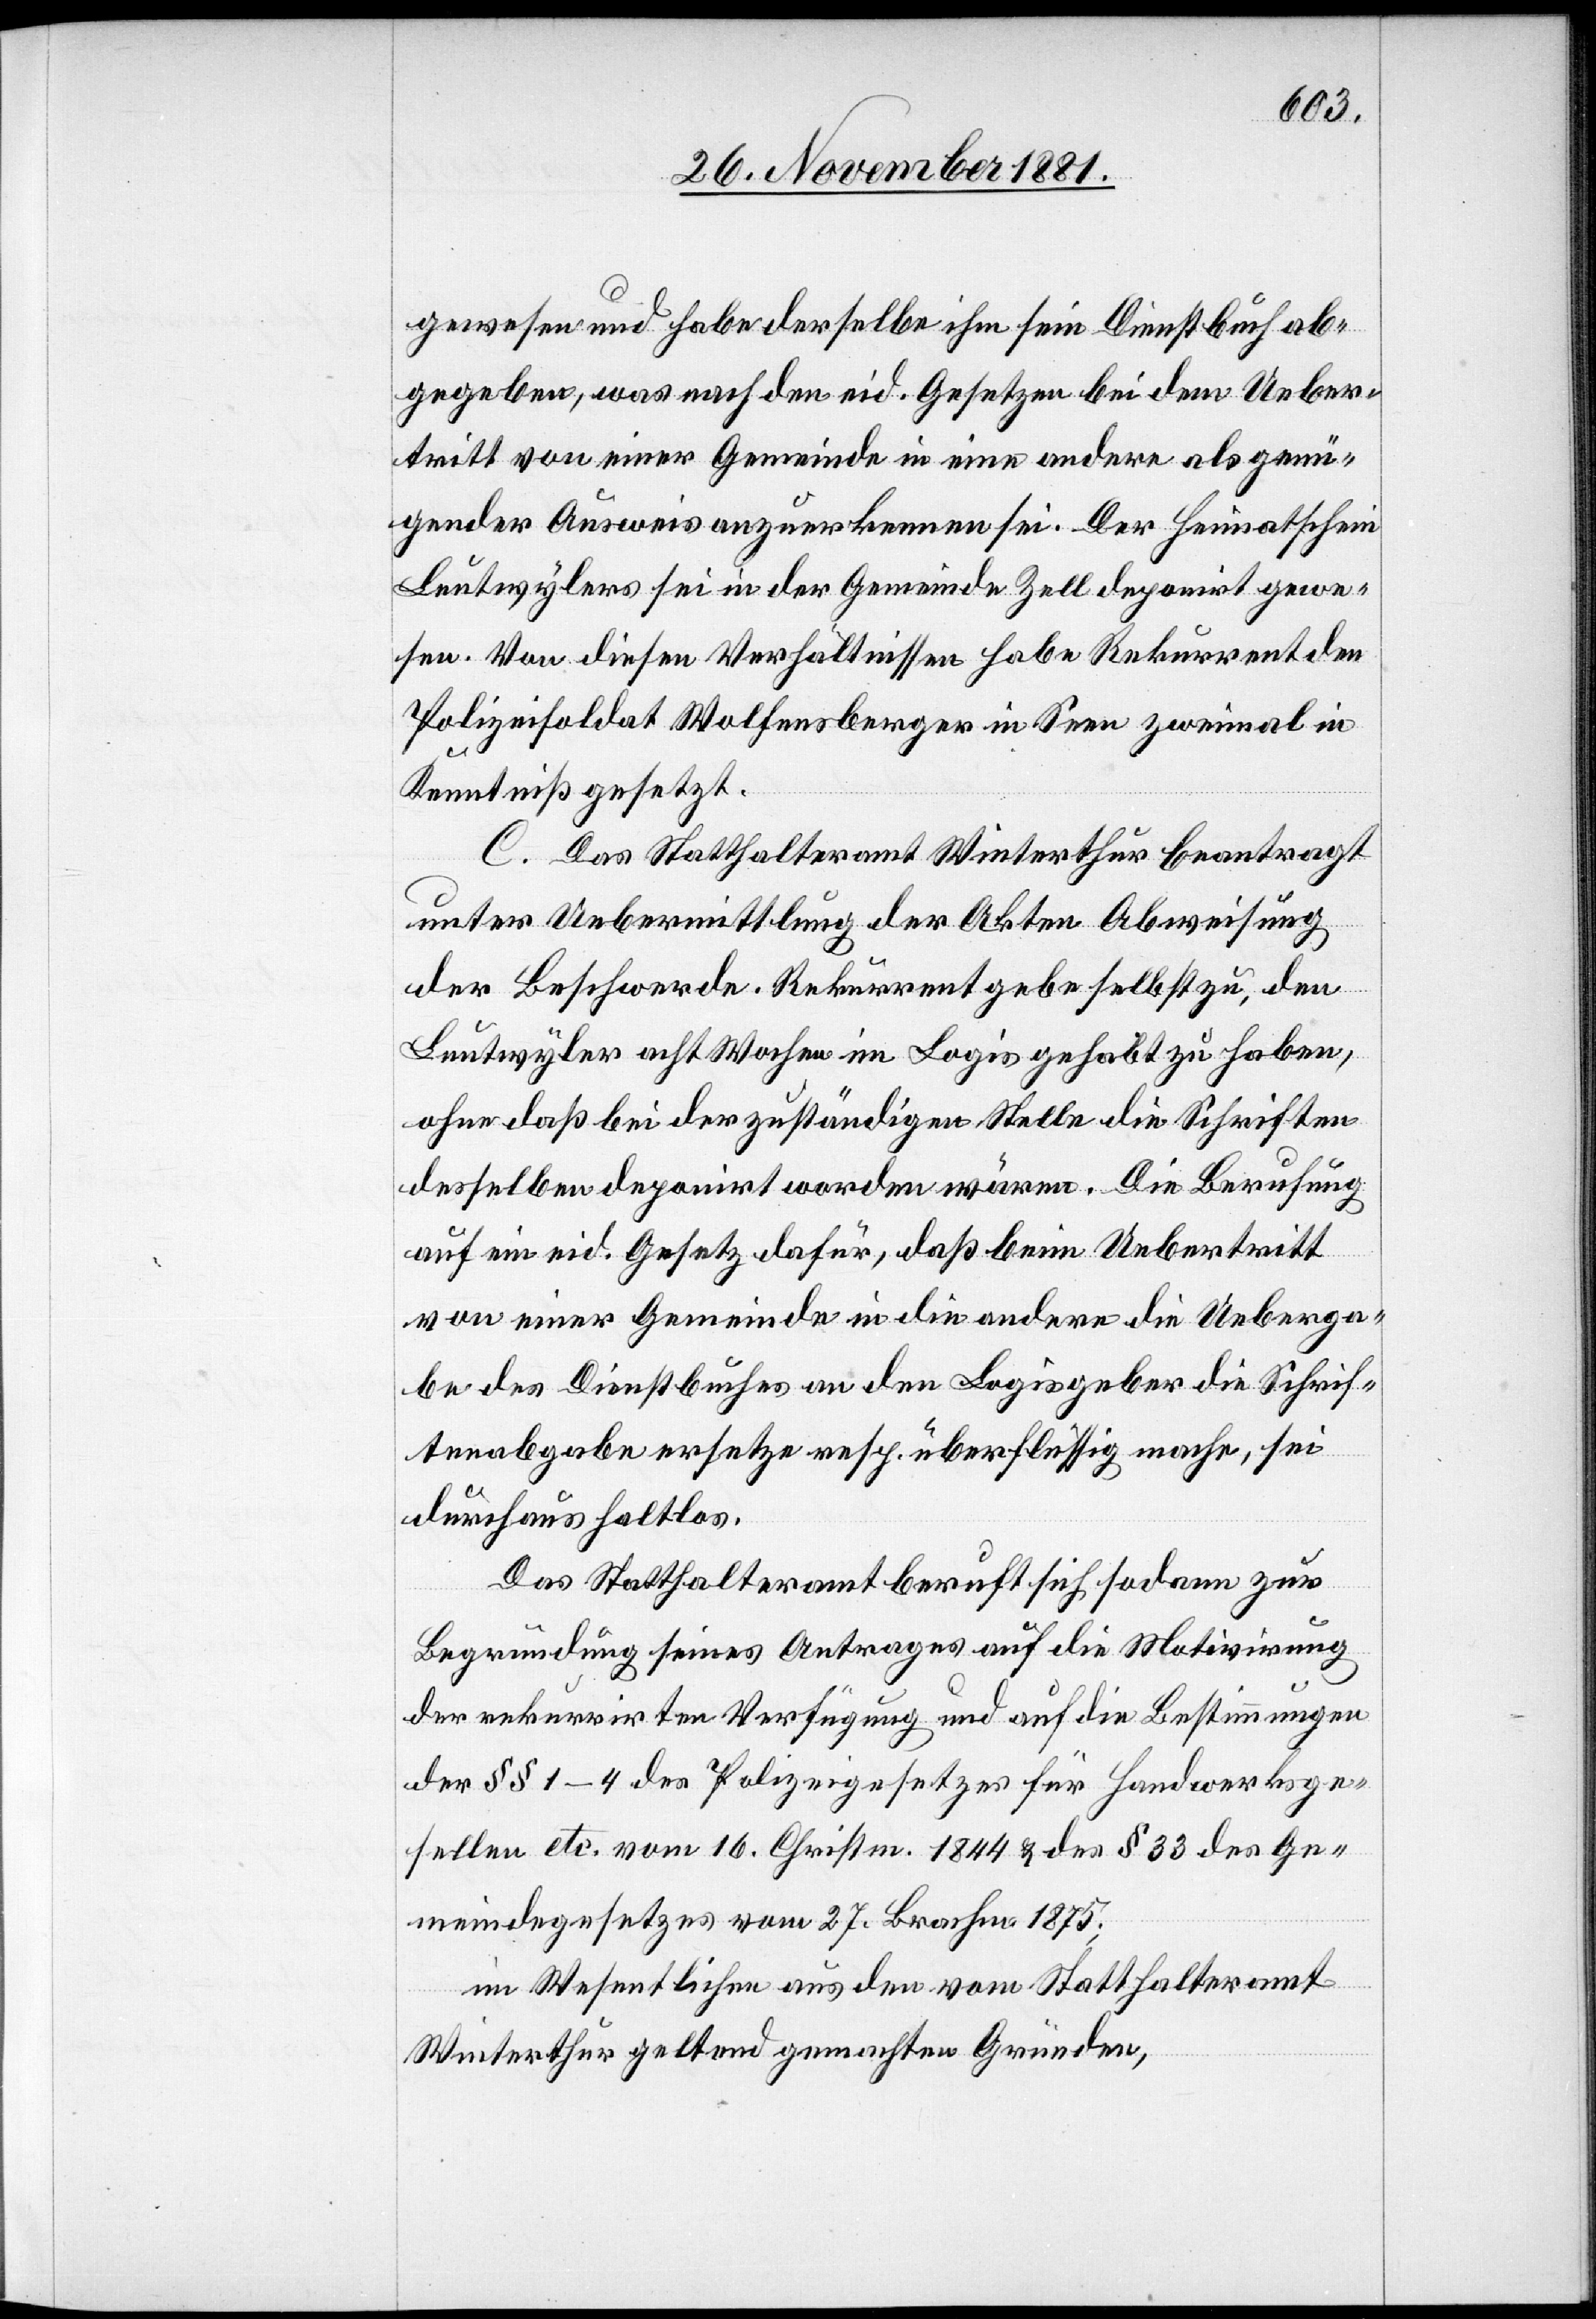
gewesen und habe derselbe ihm sein Dienstbuch ab¬
gegeben, was nach den eid. Gesetzen bei dem Ueber¬
tritt von einer Gemeinde in eine andere als genü¬
gender Ausweis anzuerkennen sei. Der Heimatschein
Leutwylers sei in der Gemeinde Zell deponirt gewe¬
sen. Von diesen Verhältnissen habe Rekurrent den
Polizeisoldat Wolfensberger in Seen zweimal in
Kenntniß gesetzt.
C. Das Statthalteramt Winterthur beantragt
unter Uebermittlung der Akten Abweisung
der Beschwerde. Rekurrent gebe selbst zu, den
Leutwyler acht Wochen im Logis gehabt zu haben,
ohne daß bei der zuständigen Stelle die Schriften
desselben deponirt worden wären. Die Berufung
auf ein eid. Gesetz dafür, daß beim Uebertritt
von einer Gemeinde in die andere die Ueberga¬
be des Dienstbuches an den Logisgeber die Schrif¬
tenabgabe ersetzte resp. überflüssig mache, sei
durchaus haltlos.
Das Statthalteramt beruft sich sodann zur
Begründung seines Antrages auf die Motivirung
der rekurrirten Verfügung und auf die Bestimmungen
der §§ 1–4 des Polizeigesetzes für Handwerksge¬
sellen etc. vom 16. Christm. 1844 & des § 33 des Ge¬
meindegesetzes vom 27. Brachm. 1875;
im Wesentlichen aus den vom Statthalteramt
Winterthur geltend gemachten Gründen,